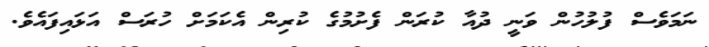
ނަމަވެސް ފުލުހުން ވަނީ ދުއާ ކުރަން ފެށުމުގެ ކުރިން އެކަމަށް ހުރަސް އަޅައިފައެވެ.